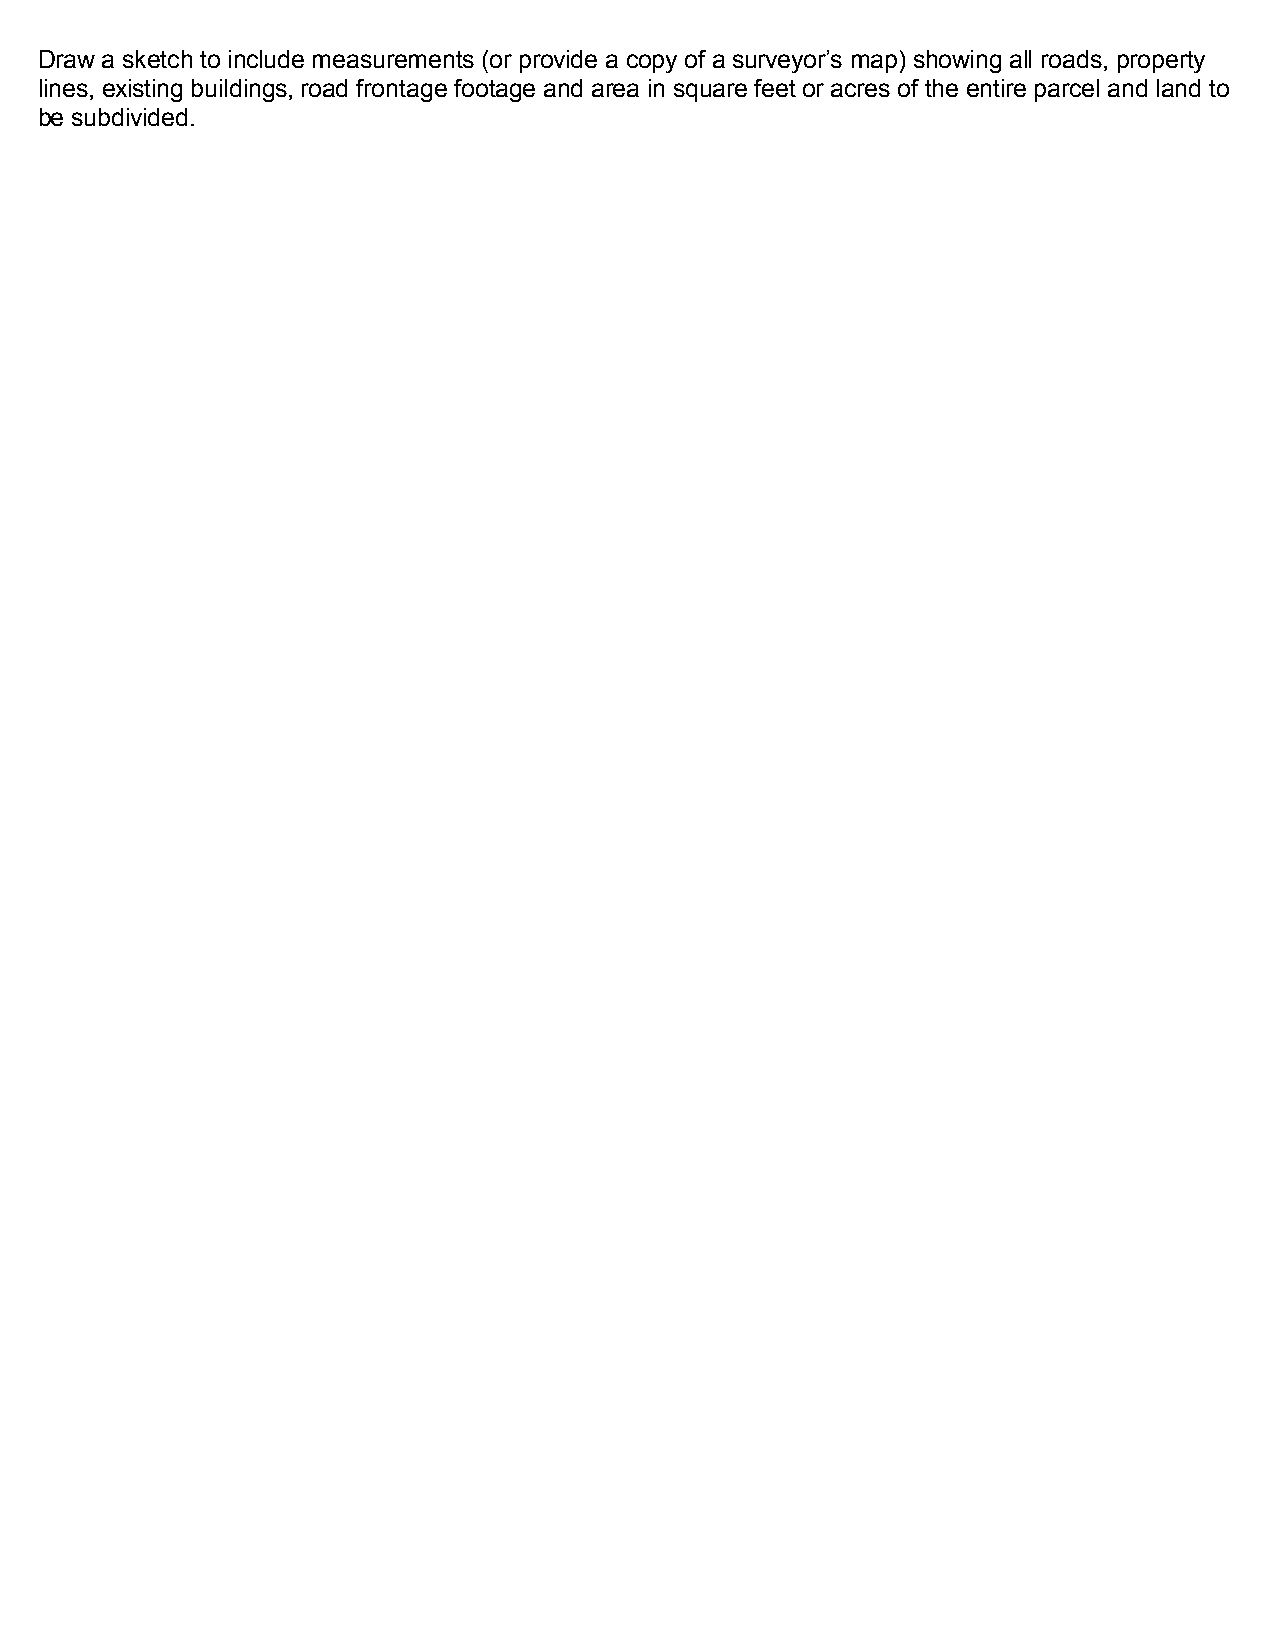
Draw a sketch to include measurements (or provide a copy of a surveyor’s map) showing all roads, property
 lines, existing buildings, road frontage footage and area in square feet or acres of the entire parcel and land to
 be subdivided.